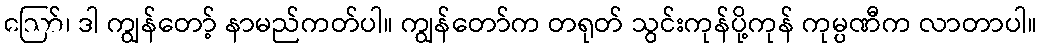
ဪ၊ ဒါ ကျွန်တော့် နာမည်ကတ်ပါ။ ကျွန်တော်က တရုတ် သွင်းကုန်ပို့ကုန် ကုမ္ပဏီက လာတာပါ။